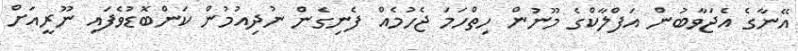
އޭނާގެ އެޖަވާބުން އަފްލާކްގެ މޫނުން ހިތްހަމަ ޖެހުމެއް ފެނިގެން ނުދިއުމުން ކަންބޮޑުވެފައި ނޫރީއަށް